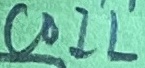
Text: COIL